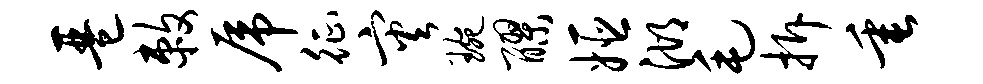
琶敕虎征灾琬醪姬湖毛拆垂